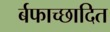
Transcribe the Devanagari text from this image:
र्बफाच्छादित